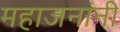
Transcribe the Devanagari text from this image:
महाजनांनी